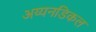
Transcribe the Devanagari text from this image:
अय्यनडिकल